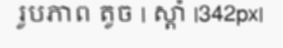
រូបភាព តូច | ស្តាំ |342px|